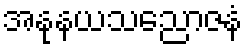
အနုနယသညောဇနံ